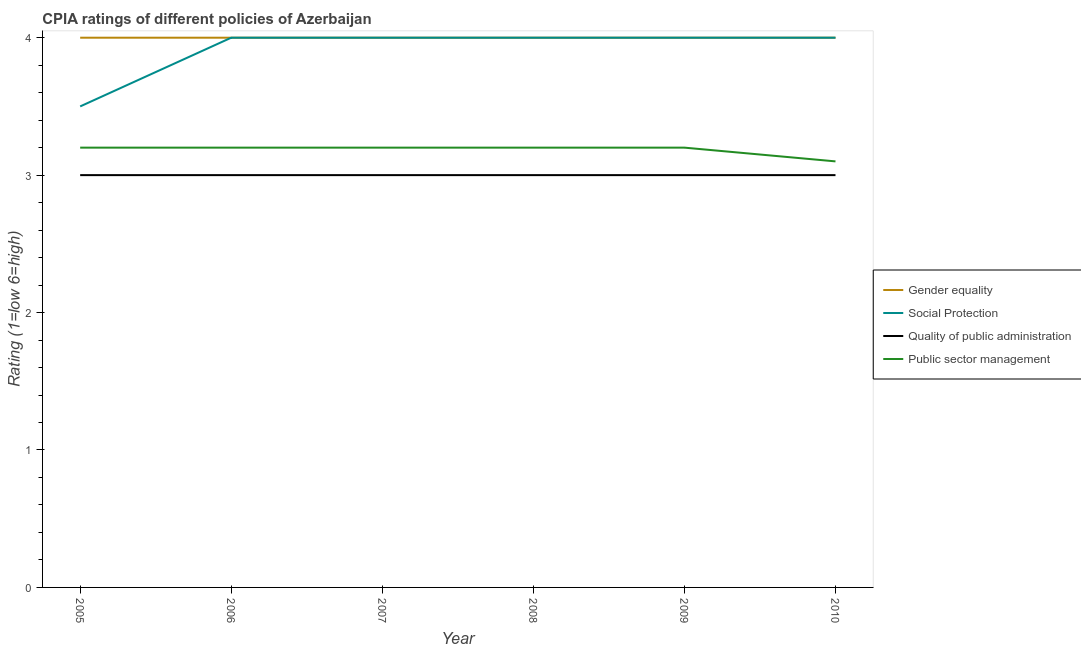
| Year | Gender equality | Social Protection | Quality of public administration | Public sector management |
 | --- | --- | --- | --- | --- |
 | 2005 | 4 | 3.5 | 3 | 3.2 |
 | 2006 | 4 | 4 | 3 | 3.2 |
 | 2007 | 4 | 4 | 3 | 3.2 |
 | 2008 | 4 | 4 | 3 | 3.2 |
 | 2009 | 4 | 4 | 3 | 3.2 |
 | 2010 | 4 | 4 | 3 | 3.1 |